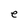
Character: e